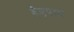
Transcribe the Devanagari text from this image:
हैंडपम्प